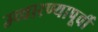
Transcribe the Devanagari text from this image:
उच्चारण्यापूर्वी